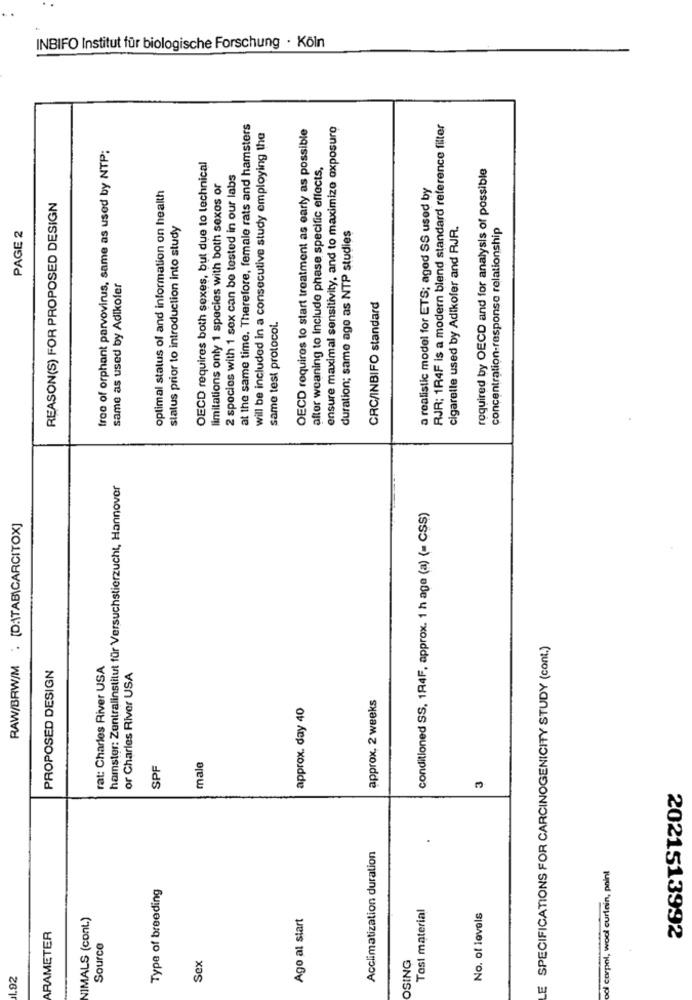
INBIFO Institut für biologische Forschung · Köln
at the same time. Therefore, female rats and hamsters
OECD requires to start treatment as early as possible
ensure maximal sensitivity, and to maximize exposure
RJR: 1R4F is a modern blend standard reference filter
will be included in a consecutive study employing the
free of orphant parvovirus, same as used by NTP:
OECD requires both sexes, but due to technical
after weaning to include phase specific effects,
required by OECD and for analysis of possible
2 spocies with 1 sex can be tested in our labs
limitations only 1 species with both sexos or
a realistic model for ETS; aged SS used by
optimal status of and information on health
REASON(S) FOR PROPOSED DESIGN
PAGE 2
status prior to introduction into study
duration; same age as NTP studies
cigarelle used by Adikofer and RJR.
concentration-response relationship
same as used by Adikofer
CRC/INBIFO standard
same test protocol.
hamster: Zentralinstitut für Versuchstierzucht, Hannover
conditioned SS, 184F, approx. 1 h age (a) (- CSS)
RAW/BRW/M : [DATAB\CARCITOX]
E SPECIFICATIONS FOR CARCINOGENICITY STUDY (cont.)
PROPOSED DESIGN
rat: Charles River USA
or Charles River USA
approx, 2 weeks
approx. day 40
SPF
male
Acclimatization duration
odi corpot, wool curtain, paint
Type of breeding
Test material
NIMALS (cont.)
Ago al start
No. of levels
RAMETER
Source
2021513992
Sex
OSING
.92